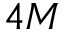
4 M